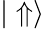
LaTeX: |\Uparrow\rangle